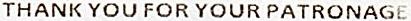
THANK YOU FOR YOUR PATRONAGE